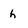
Character: h